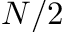
N / 2